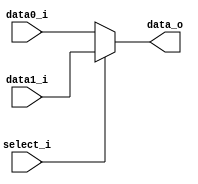
//Subject:     CO project 2 - MUX 221
//--------------------------------------------------------------------------------
//Version:     1
//--------------------------------------------------------------------------------
//Writer:      110652011
//----------------------------------------------
//Date:        
//----------------------------------------------
//Description: Select the signal pass.
//--------------------------------------------------------------------------------
`timescale 1ns/1ps
module MUX_2to1(
        data0_i,
        data1_i,
        select_i,
        data_o
        );

parameter size = 0;			   
			
//I/O ports               
input   [size-1:0] data0_i;
input   [size-1:0] data1_i;
input              select_i;
output  [size-1:0] data_o; 

//Internal Signals
reg     [size-1:0] data_o;

//Main function

    always @(data0_i, data1_i, select_i) begin
        data_o <= select_i ? data1_i : data0_i;
    end

endmodule